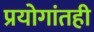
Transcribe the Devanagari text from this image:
प्रयोगांतही